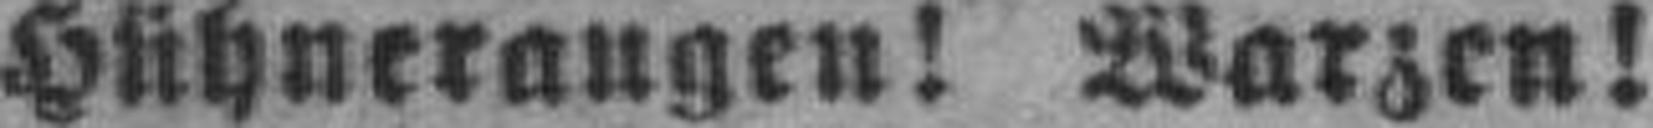
Hühneraugen! Warzen!